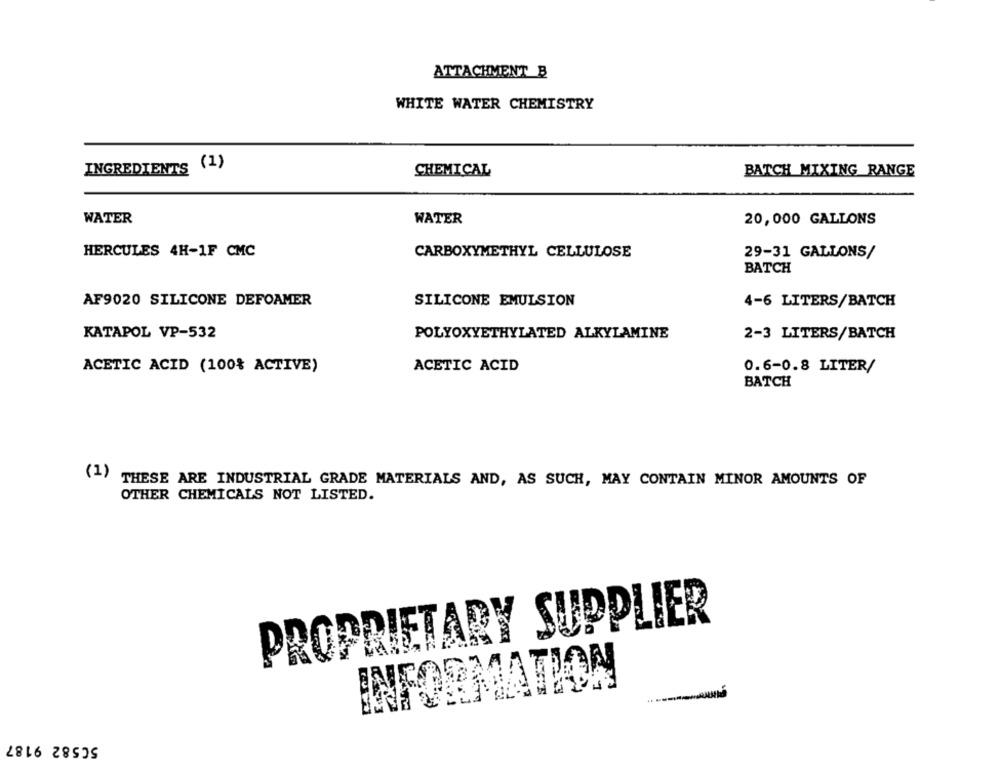
ATTACHMENT B
WHITE WATER CHEMISTRY
INGREDIENTS (1)
CHEMICAL
BATCH MIXING RANGE
WATER
WATER
20,000 GALLONS
HERCULES 4H-1F CMC
CARBOXYMETHYL CELLULOSE
29-31 GALLONS/
BATCH
AF9020 SILICONE DEFOAMER
SILICONE EMULSION
4-6 LITERS/BATCH
KATAPOL VP-532
POLYOXYETHYLATED ALKYLAMINE
2-3 LITERS/BATCH
ACETIC ACID (100% ACTIVE)
ACETIC ACID
0.6-0.8 LITER/
BATCH
(1)
THESE ARE INDUSTRIAL GRADE MATERIALS AND, AS SUCH, MAY CONTAIN MINOR AMOUNTS OF
OTHER CHEMICALS NOT LISTED.
PROPRIETARY SUPPLIER
INFORMATION
50582 9187